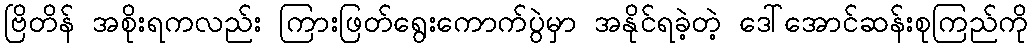
ဗြိတိန် အစိုးရကလည်း ကြားဖြတ်ရွေးကောက်ပွဲမှာ အနိုင်ရခဲ့တဲ့ ဒေါ်အောင်ဆန်းစုကြည်ကို